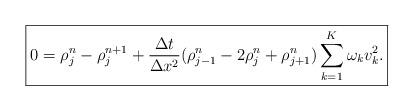
LaTeX: \begin{align*}\boxed{0 = \rho_j^n - \rho_j^{n+1} + \frac{\Delta t}{\Delta x^2} (\rho_{j-1}^n - 2 \rho_j^n + \rho_{j+1}^n) \sum_{k=1}^{K} \omega_k v_k^2.}\end{align*}